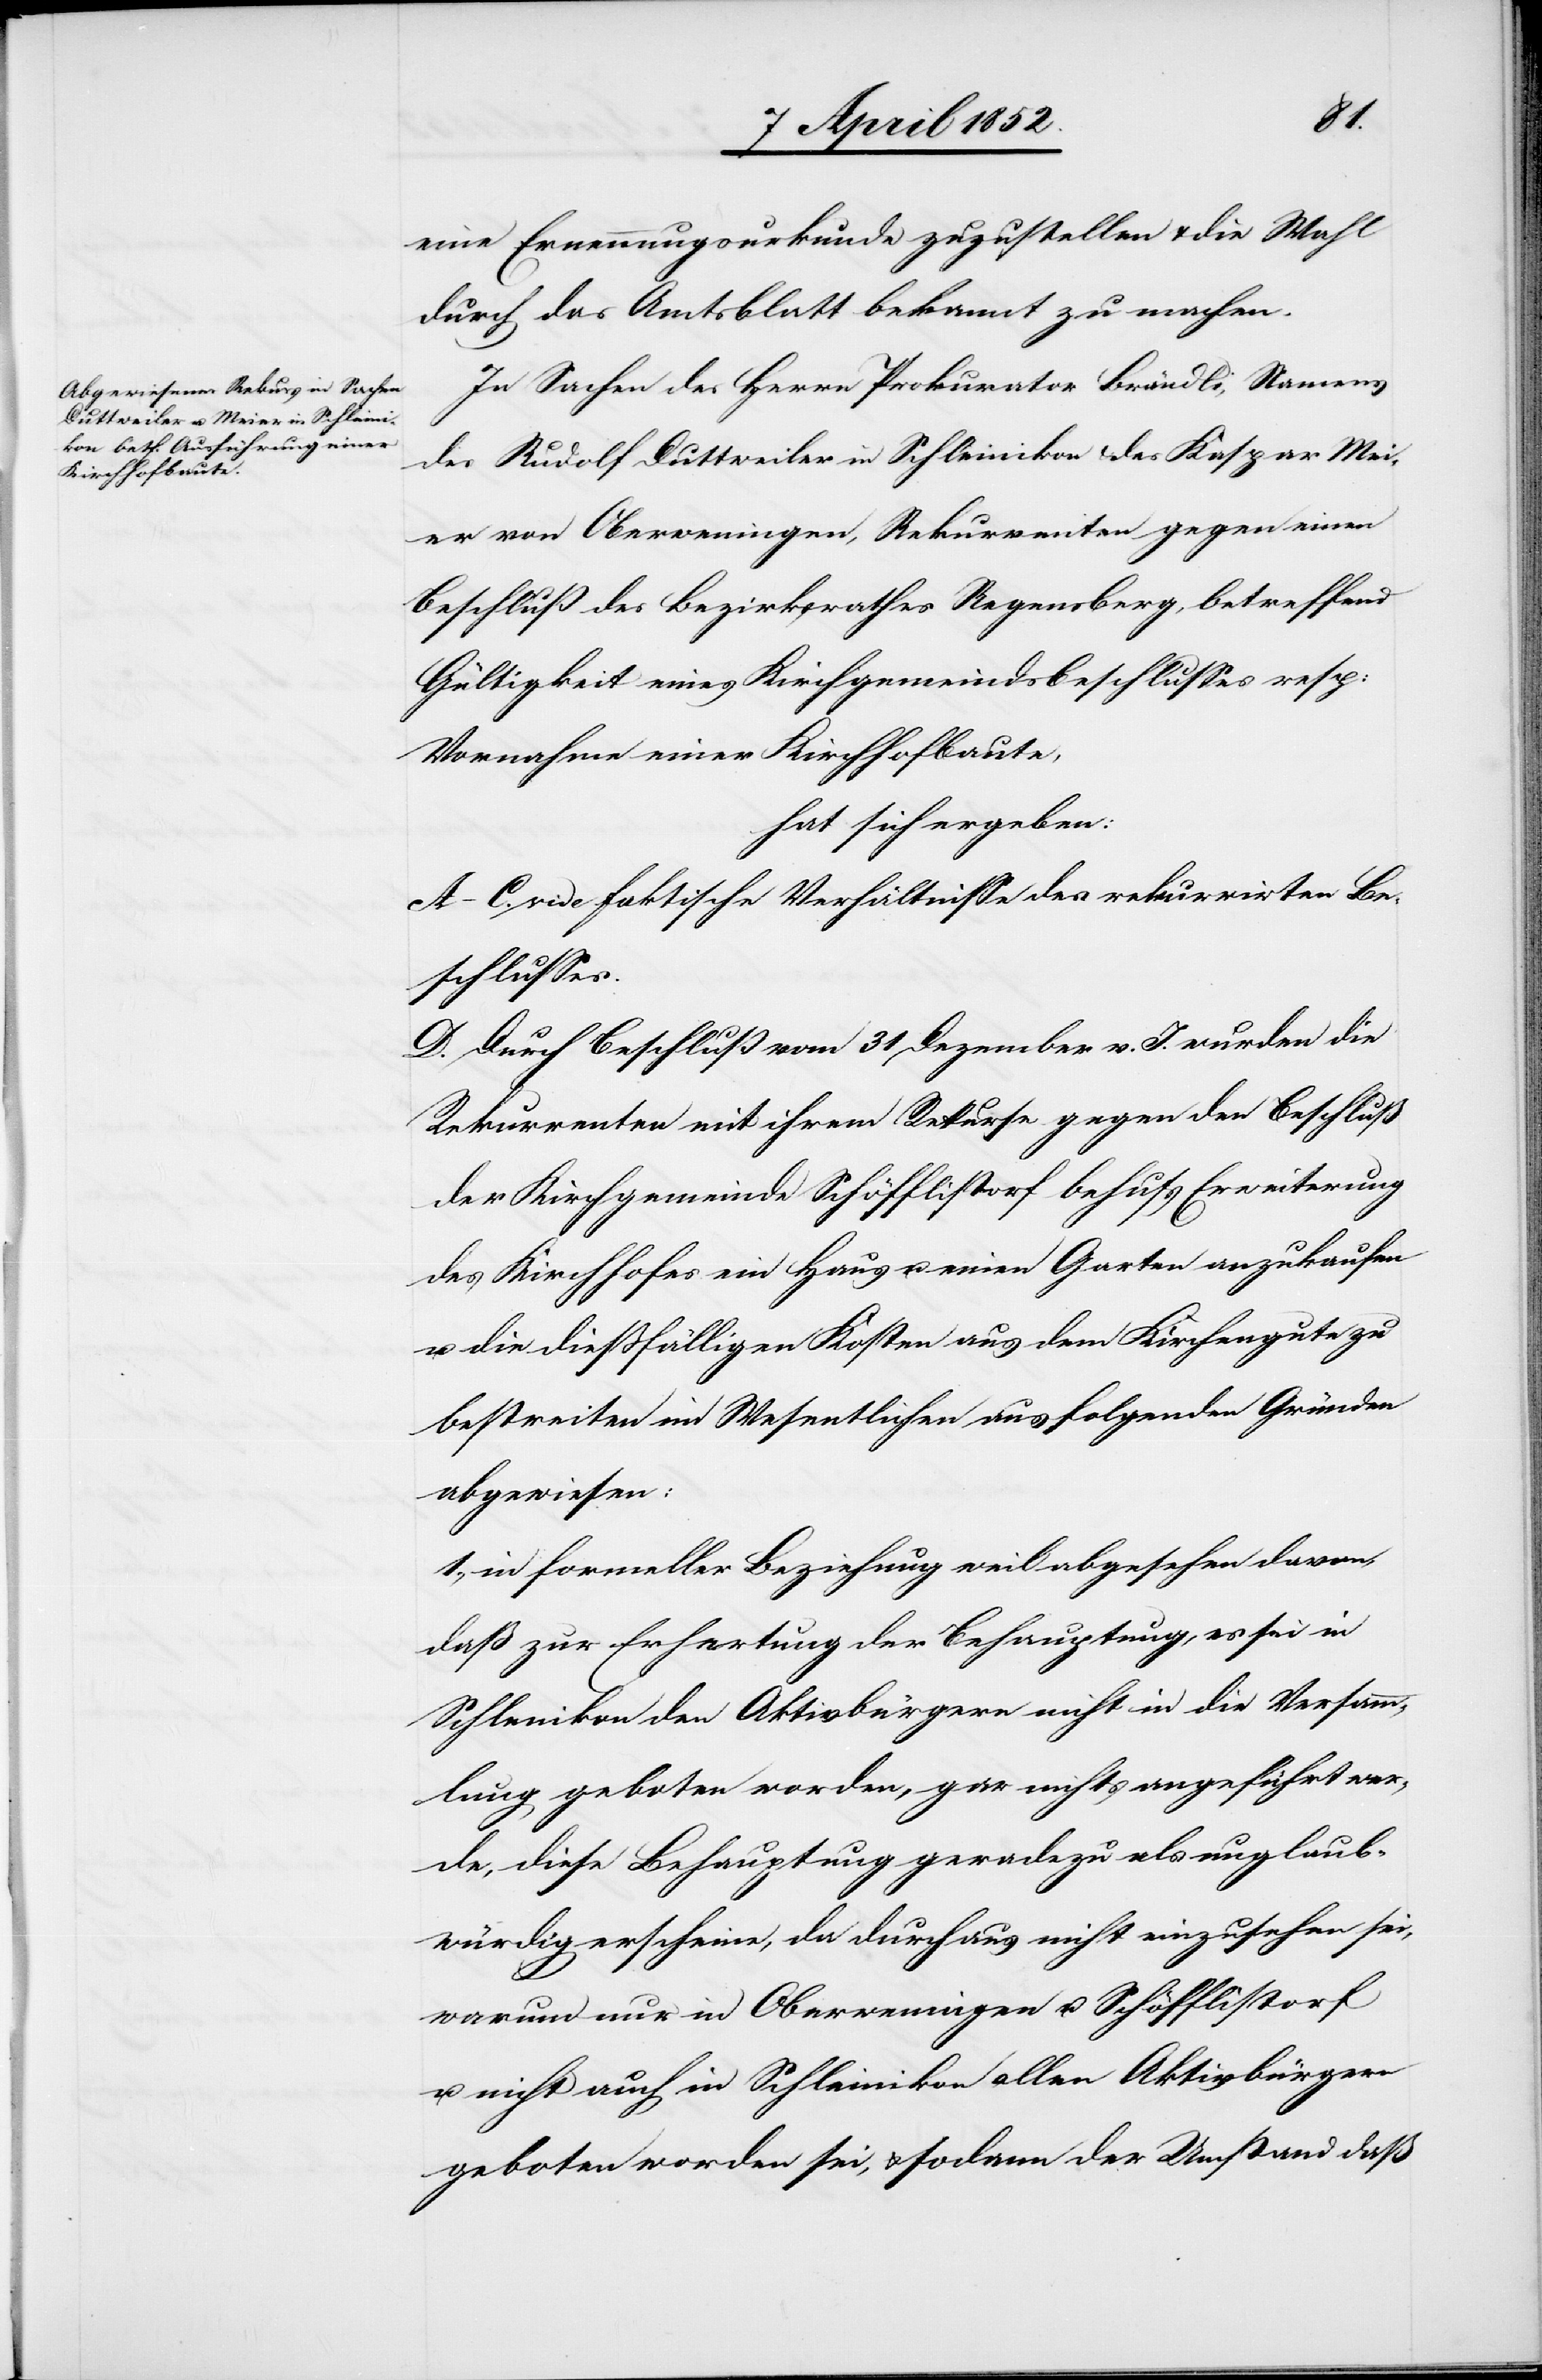
eine Ernennungsurkunde zuzustellen & die Wahl
durch das Amtsblatt bekannt zu machen.
In Sachen des Herrn Prokurator Brändli, Namens
des Rudolf Duttweiler in Schleinikon & des Kaspar Mei¬
er von Oberweningen, Rekurrenten gegen einen
Beschluß des Bezirksrathes Regensberg, betreffend
Gültigkeit eines Kirchgemeindsbeschlusses resp:
Vornahme einer Kirchhofbaute,
hat sich ergeben:
A–C. vide faktische Verhältnisse des rekurrirten Be¬
schlusses.
D. Durch Beschluß vom 31 Dezember v. J. wurden die
Rekurrenten mit ihrem Rekurse gegen den Beschluß
der Kirchgemeinde Schöfflistorf behufs Erweiterung
des Kirchhofes ein Haus u. einen Garten anzukaufen
u. die diessfälligen Kosten aus dem Kirchengute zu
bestreiten im Wesentlichen aus folgenden Gründen
abgewiesen:
1., in formeller Beziehung weil abgesehen davon,
daß zur Erhertung der Behauptung, es sei in
Schle[i]nikon den Aktivbürgern nicht in die Versamm¬
lung geboten worden, gar nichts angeführt wer¬
de, diese Behauptung geradezu als unglaub¬
würdig erscheine, da durchaus nicht einzusehen sei,
warum nur in Oberweningen u. Schöfflistorf
u. nicht auch in Schleinikon allen Aktivbürgern
geboten worden sei, & sodann der Umstand daß